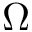
\Omega